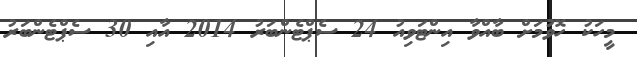
މީހަކު ހޮވުމަށް ބާއްވާ އިންޓަވިއު 24 ސެޕްޓެންބަރު 2014 އާއި 30 ސެޕްޓެންބަރު